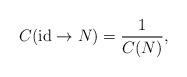
LaTeX: \begin{align*}C({\rm id}\to N) = \frac{1}{C(N)},\end{align*}